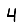
Digit: 4